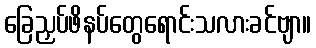
ခြေညှပ်ဖိနပ်တွေရောင်းသလားခင်ဗျာ။